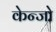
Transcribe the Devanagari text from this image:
केन्जो